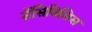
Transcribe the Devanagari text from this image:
सेंसिबिलिस